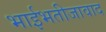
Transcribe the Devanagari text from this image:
भाईभतीजावाद